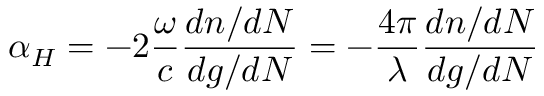
\alpha _ { H } = - 2 \frac { \omega } { c } \frac { d n / d N } { d g / d N } = - \frac { 4 \pi } { \lambda } \frac { d n / d N } { d g / d N }